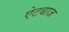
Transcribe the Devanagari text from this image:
ऐटबाज